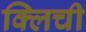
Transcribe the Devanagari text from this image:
क्लिची